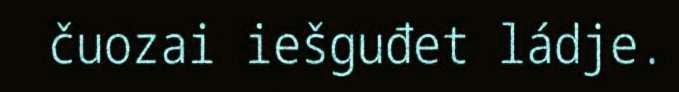
čuozai iešguđet ládje.